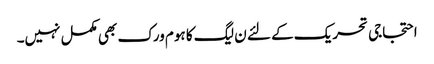
احتجاجی تحریک کے لئے ن لیگ کا ہوم ورک بھی مکمل نہیں۔